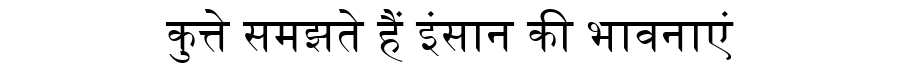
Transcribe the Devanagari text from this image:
कुत्ते समझते हैं इंसान की भावनाएं